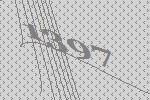
1397